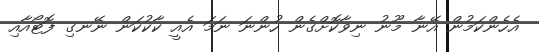
އެހެންކަމުން އޭނާ މޫނު ނިވާކޮށްގެން ހުންނަ ނަމަ އެއީ ކާކުކަން ނޭނގި ފޮޓޯއާއި